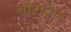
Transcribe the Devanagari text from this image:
श्रीरस्ति